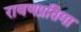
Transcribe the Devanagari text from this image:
रावणप्रतिमा